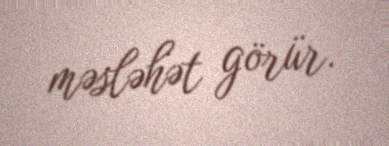
məsləhət görür.